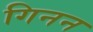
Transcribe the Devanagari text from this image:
गिनन